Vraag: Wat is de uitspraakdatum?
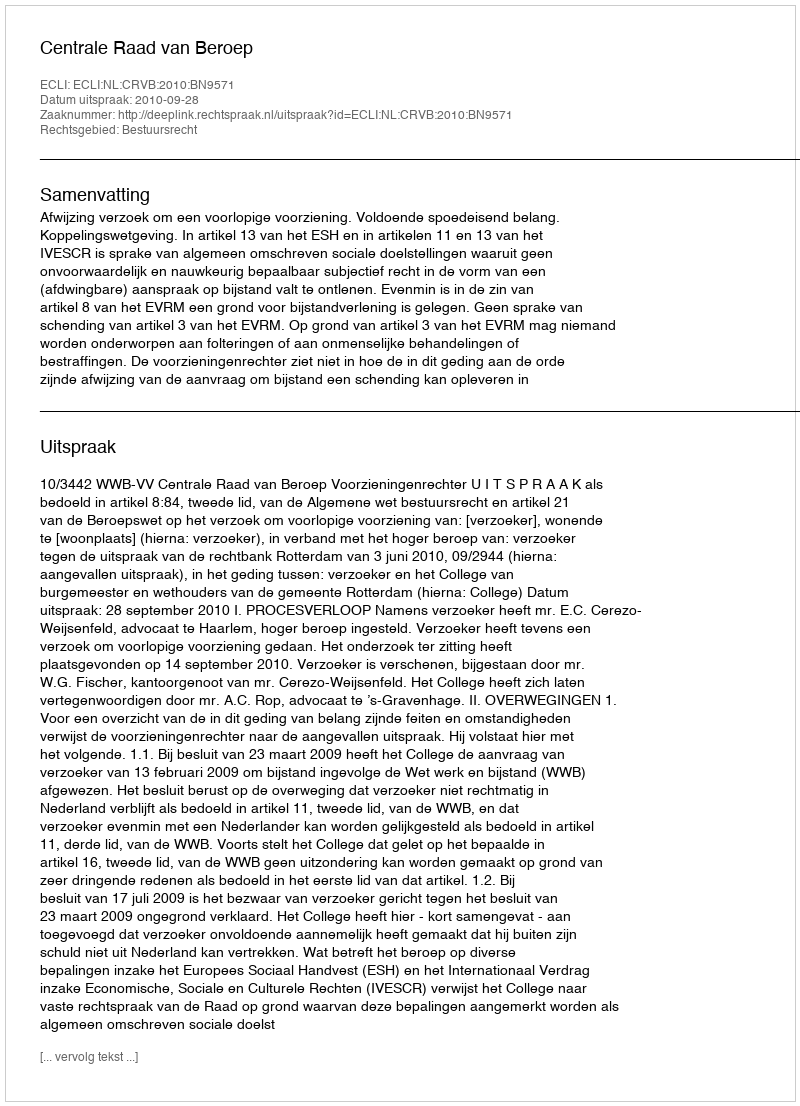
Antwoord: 2010-09-28